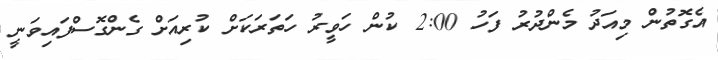
އެގޮތުން މިއަދު މެންދުރު ފަހު 2:00 ކުން ހަވީރު ހަތަރަކަށް ކުރިއަށް ގެންގޮސްފައިވަނީ